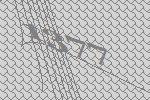
1377